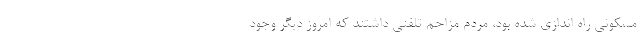
مسکونی راه اندازی شده بود، مردم مزاحم تلفنی داشتند که امروز دیگر وجود